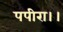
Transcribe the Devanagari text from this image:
पपीरा।।